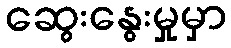
ဆွေးနွေးမှုမှာ